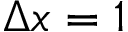
\Delta x = 1